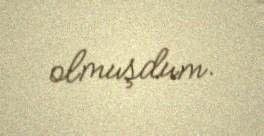
olmuşdum.